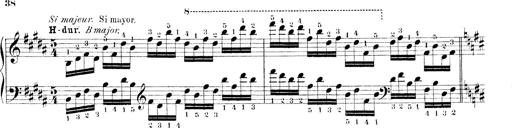
Title: Technische Studien
Composer: Franz Liszt